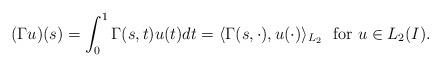
LaTeX: \begin{align*}(\Gamma u)(s)=\int_0^1\Gamma(s,t)u(t)dt = \langle \Gamma(s,\cdot), u(\cdot)\rangle_{L_2}~~ \mbox{for $u\in L_2(I)$}.\end{align*}